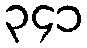
၃၄၁